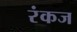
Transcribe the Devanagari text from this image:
रंकज